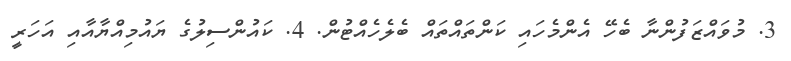
3. މުވައްޒަފުންނާ ބެހޭ އެންމެހައި ކަންތައްތައް ބެލެހެއްޓުން. 4. ކައުންސިލުގެ ޔައުމިއްޔާއާއި އަހަރީ